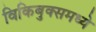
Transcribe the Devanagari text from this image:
विकिबुक्समध्ये